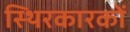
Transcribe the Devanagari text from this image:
स्थिरकारकों